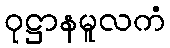
ဝုဋ္ဌာနမူလကံ